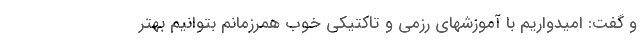
و گفت: امیدواریم با آموزشهای رزمی و تاکتیکی خوب همرزمانم بتوانیم بهتر